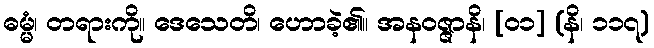
ဓမ္မံ၊ တရားကို။ ဒေသေတိ၊ ဟောခဲ့၏။ အနဝဇ္ဇာနိ၊ [၀၁] (နိ၊ ၁၁၇)